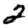
Digit: 2